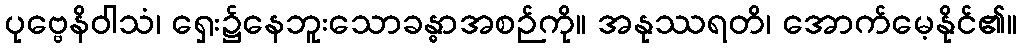
ပုဗ္ဗေနိဝါသံ၊ ရှေး၌နေဘူးသောခန္ဓာအစဉ်ကို။ အနုဿရတိ၊ အောက်မေ့နိုင်၏။